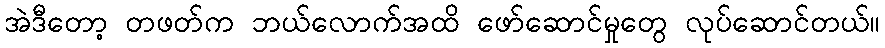
အဲဒီတော့ တဖတ်က ဘယ်လောက်အထိ ဖော်ဆောင်မှုတွေ လုပ်ဆောင်တယ်။